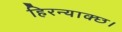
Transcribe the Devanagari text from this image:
हिरन्याक्छ।